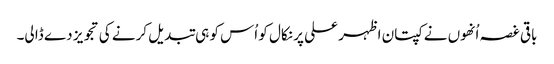
باقی غصہ اُنھوں نے کپتان اظہر علی پر نکال کو اُس کو ہی تبدیل کرنے کی تجویز دے ڈا لی۔